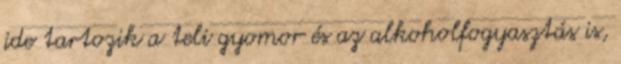
ide tartozik a teli gyomor és az alkoholfogyasztás is,